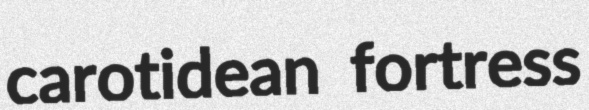
carotidean fortress